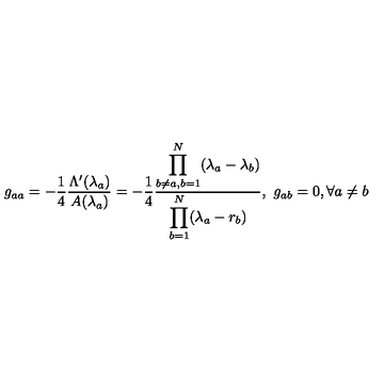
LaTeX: g _ { a a } = - \frac { 1 } { 4 } \frac { \Lambda ^ { \prime } ( \lambda _ { a } ) } { A ( \lambda _ { a } ) } = - \frac { 1 } { 4 } \frac { \displaystyle \prod _ { b \neq a , b = 1 } ^ { N } ( \lambda _ { a } - \lambda _ { b } ) } { \displaystyle \prod _ { b = 1 } ^ { N } ( \lambda _ { a } - r _ { b } ) } , \ g _ { a b } = 0 , \forall a \neq b